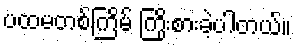
ပထမတစ်ကြိမ် ကြိုးစားခဲ့ပါတယ်။